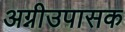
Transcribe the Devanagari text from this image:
अग्नीउपासक